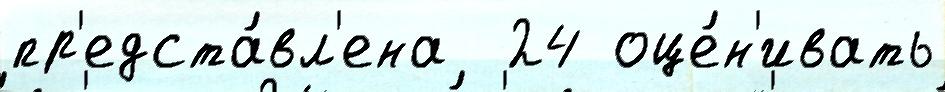
пр'едста́вл'ена  24 оце́н'ивать